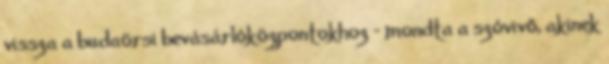
vissza a budaörsi bevásárlóközpontokhoz - mondta a szóvivő, akinek